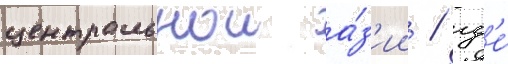
центральнои а́з'ии / гд'е́